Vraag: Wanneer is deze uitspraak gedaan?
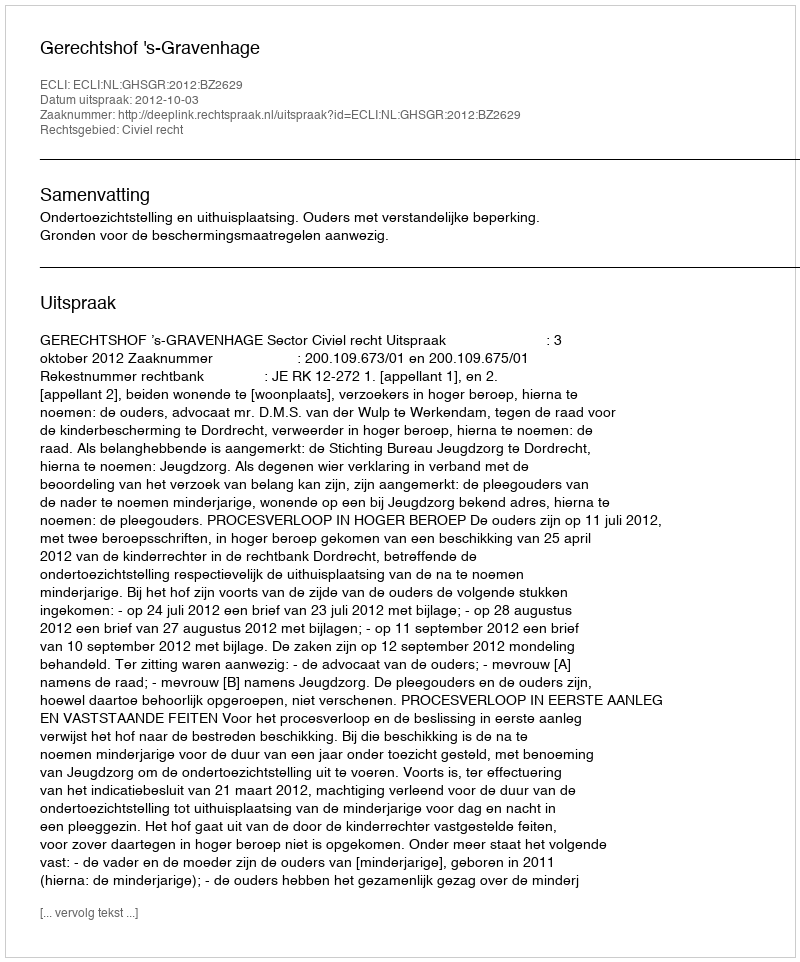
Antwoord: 2012-10-03